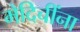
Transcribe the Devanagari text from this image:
मेदिचींना